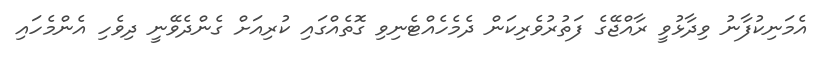
އެމަނިކުފާނު ވިދާޅުވީ ރާއްޖޭގެ ފަތުރުވެރިކަން ދެމެހެއްޓެނިވި ގޮތެއްގައި ކުރިއަށް ގެންދެވޭނީ ދިވެހި އެންމެހައި